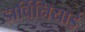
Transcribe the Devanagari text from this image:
डार्विनियाई